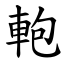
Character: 軳